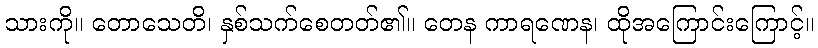
သားကို။ တောသေတိ၊ နှစ်သက်စေတတ်၏။ တေန ကာရဏေန၊ ထိုအကြောင်းကြောင့်။